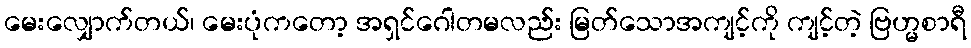
မေးလျှောက်တယ်၊ မေးပုံကတော့ အရှင်ဂေါတမလည်း မြတ်သောအကျင့်ကို ကျင့်တဲ့ ဗြဟ္မစာရီ